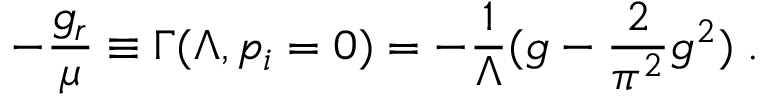
- \frac { g _ { r } } { \mu } \equiv \Gamma ( \Lambda , p _ { i } = 0 ) = - \frac { 1 } { \Lambda } ( g - \frac { 2 } { \pi ^ { 2 } } g ^ { 2 } ) \; .